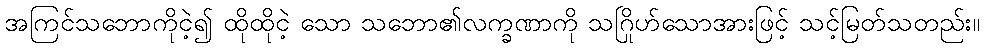
အကြင်သဘောကိုငဲ့၍ ထိုထိုငဲ့ သော သဘော၏လက္ခဏာကို သဂြိုဟ်သောအားဖြင့် သင့်မြတ်သတည်း။